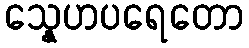
သ္နေဟပရေတော